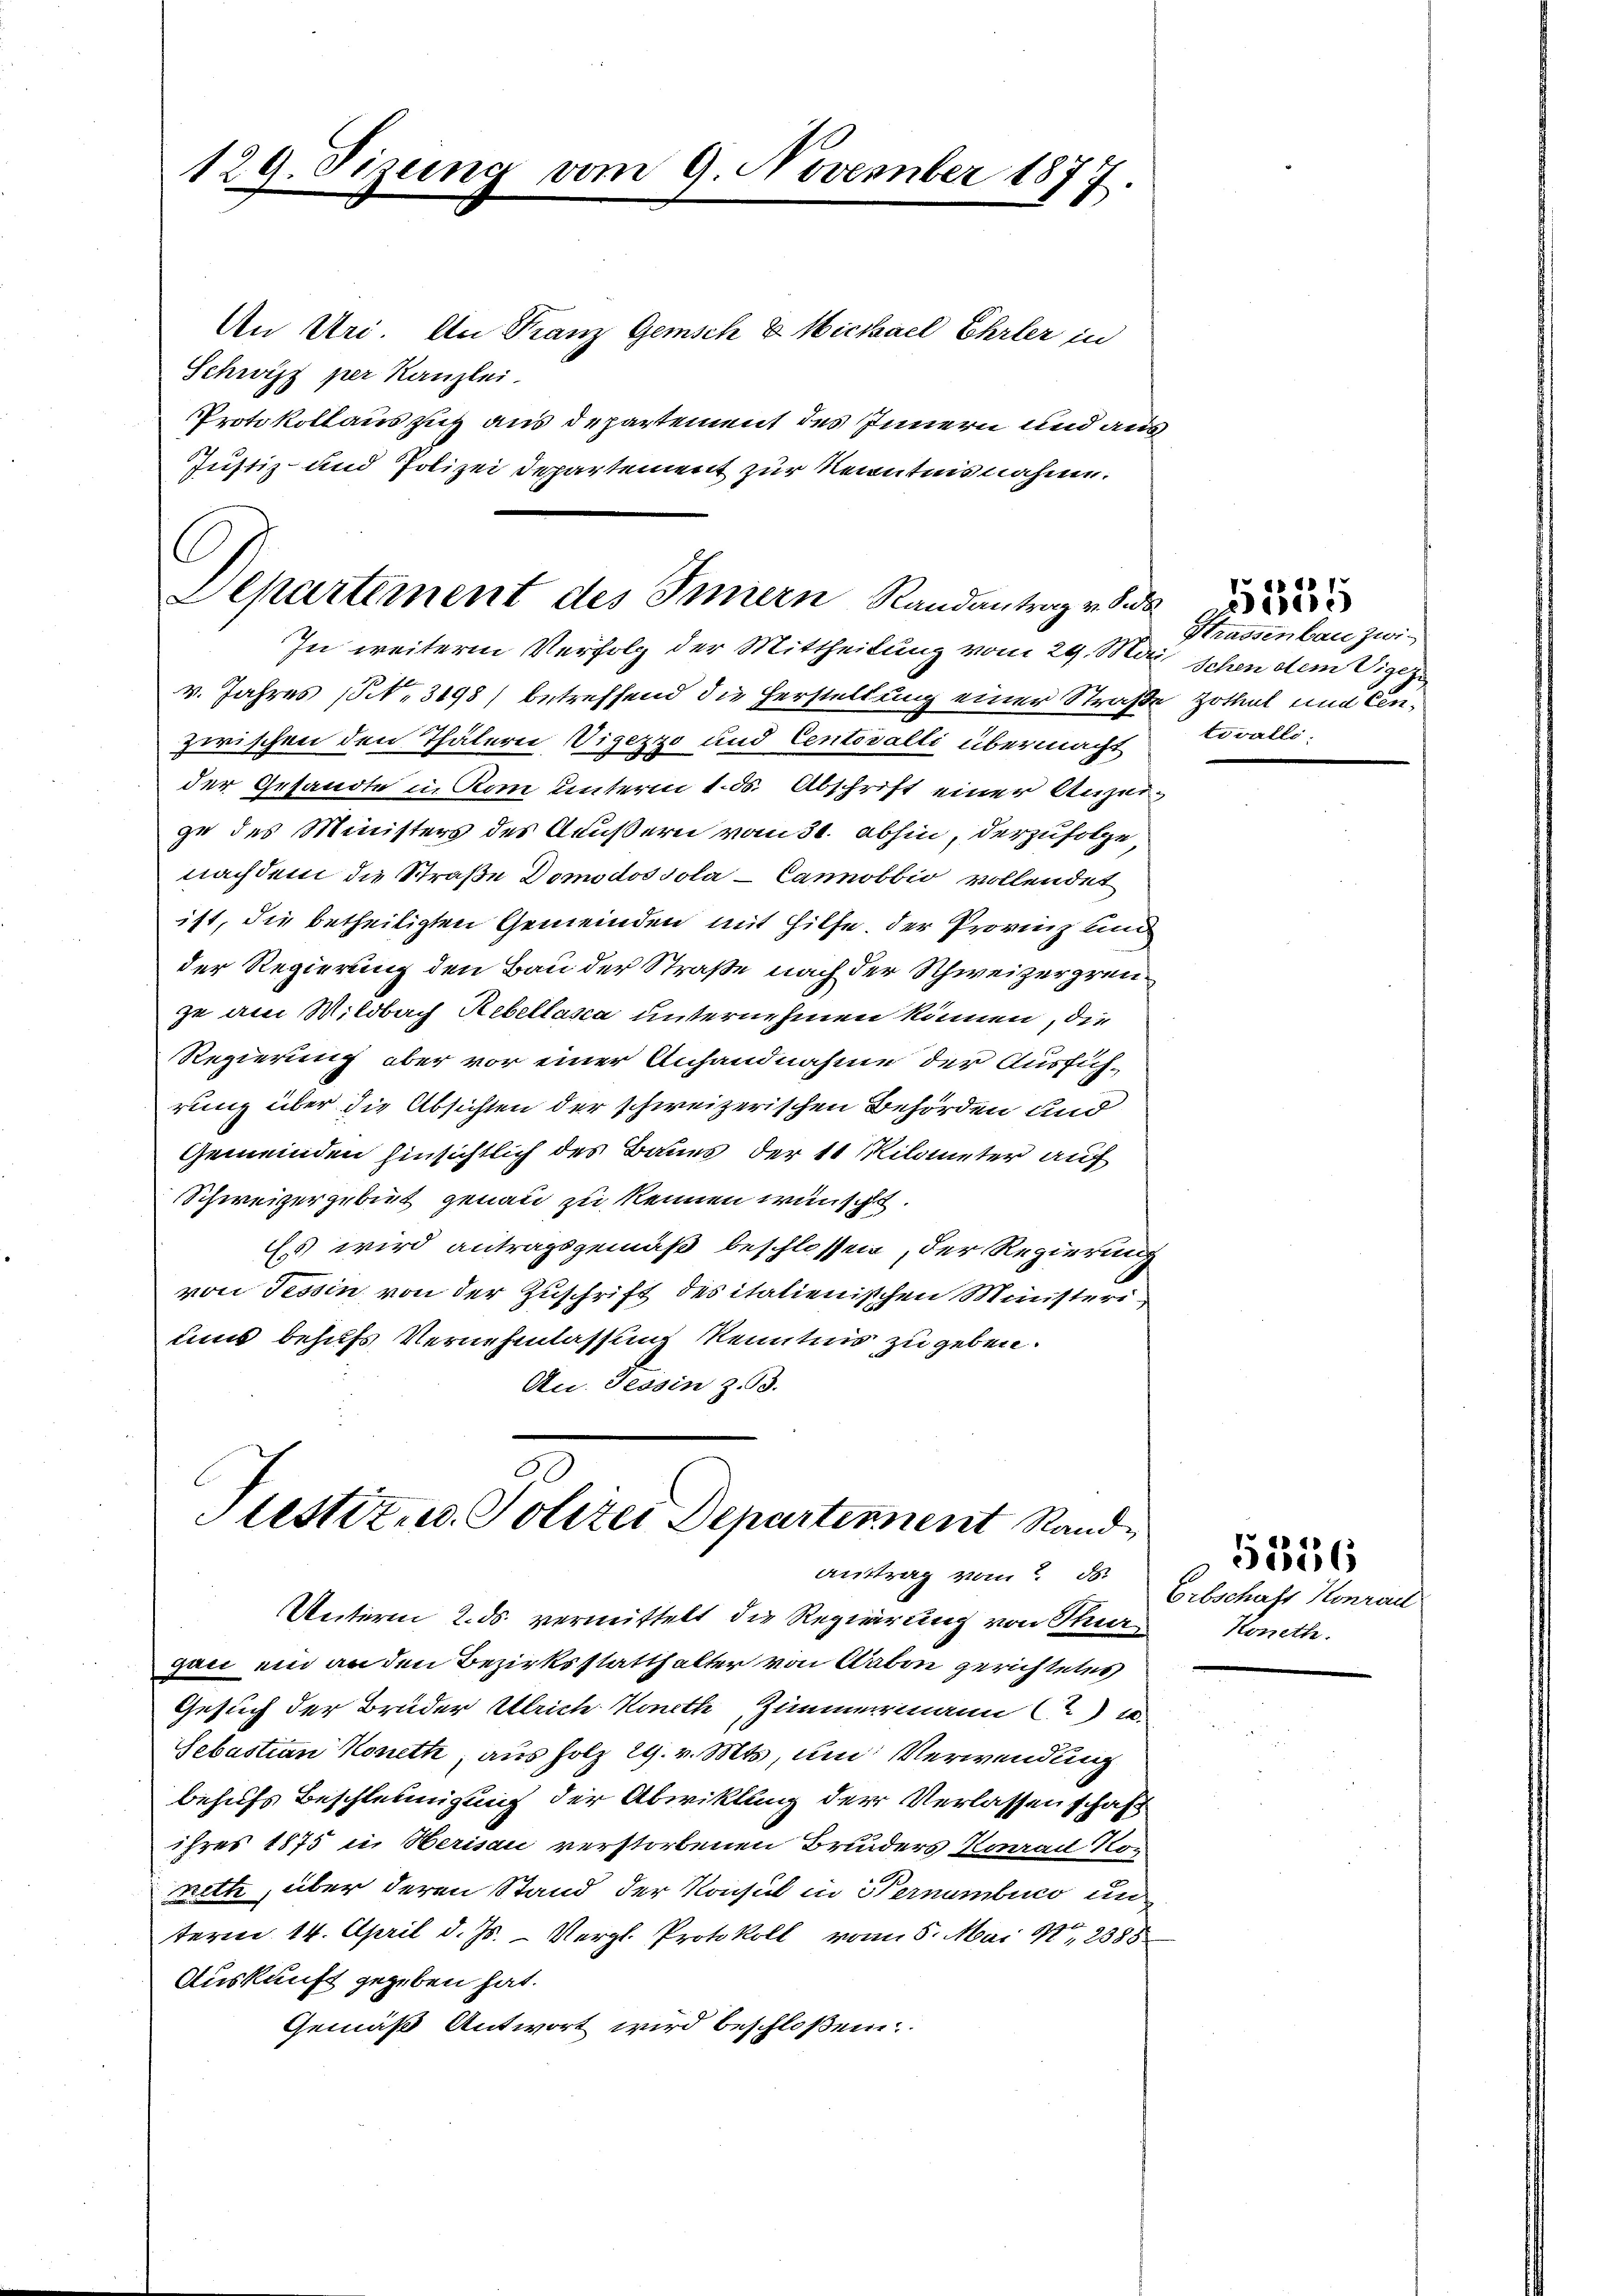
129. Sizung

An Uri. An Franz Gemisch & Michael Ehrler in
Schwitz per Kanzlei.
Protokollauszug aus departement des Innern und aus
Justiz- und Polizei Departement zur Kenntnisnahme.

vom 9. November 1877.

Aepartement des Innern Randantrag v. S
In weitere Verfolg der Mittheilung vom 29. Mai, Schen dem Vigez

v. Jahres (S. 3198) betreffend die Herstellung einer Straß
zwischen den Thätern Vigezzo und Centovalli übermacht
der Gesandte in Rom unterm 1. ds. Abschrift einer Anzei
ge des Ministers des Aeußern vom 31. abhin, derzufolge
nachdem die Straße Domodos sola - Canobbio vollendet
ist, die betheiligten Gemeinden mit Hilfe. Der Provinz un
der Regierung den Bau der Straße nach der Schweizergrenzu am Mildbach Rebellanca unternehmen können, die
Regierung aber vor einer Anhandnahme der Ausfüh-
rung über die Absichten der schweizerischen Behörden und
Gemeinden hinsichtlich des Baues der 11 Kilometer auf
Schweizergebiet genau zu kennen wünscht.
Es wird antragsgemäß beschlossen, der Regierung
von Tessin von der Zuschrift des italienischen Ministeri
uns behufs Vernehmlassung kenntnis zu geben.
An. Tessin z. 93.

Stestitus Polizei Departement Stand

Unterm 2. ds. vermittelt die Regierung von Stur
gan ein an den Bezirksstatthalter von Cabon gerichtetes
Gesuch der Bruder Ulrich Konth, Zimmermann (2) u.
Sebastian Koneth, aus Holz 29. v. Mts., um Verwendung
behufs Beschleunigung der Abwiklung der Verlassenschaft
ihres 1875 in Herisau verstorbenen Bruders Konrad Nonett, über deren Stand der Konsul in Vernumbuco un
term 14. April d. Js. - Vergl. Protokoll von 5. Mai 187, 2388
Auskunft gegeben hat.
Gemäß Antwort wird beschloßen

auftrag vom Erbschaft Konrau

Strassenbau zwi¬
 Zothut und Centovalli

555

Koneth.

5356